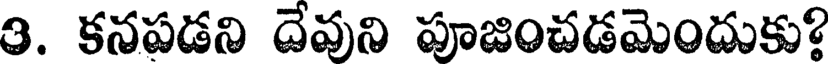
9. కనపడని దేవుని పూజించడమెందుకు?